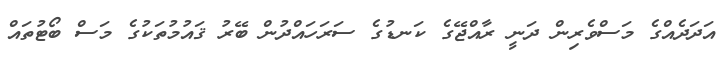
އަދަދެއްގެ މަސްވެރިން ދަނީ ރާއްޖޭގެ ކަނޑުގެ ސަރަހައްދުން ބޭރު ޤައުމުތަކުގެ މަސް ބޯޓުތައް